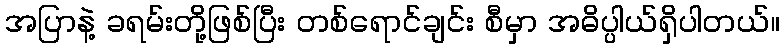
အပြာနဲ့ ခရမ်းတို့ဖြစ်ပြီး တစ်ရောင်ချင်း စီမှာ အဓိပ္ပါယ်ရှိပါတယ်။